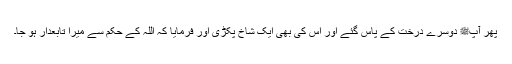
پھر آپﷺ دوسرے درخت کے پاس گئے اور اس کی بھی ایک شاخ پکڑی اور فرمایا کہ اللہ کے حکم سے میرا تابعدار ہو جا۔